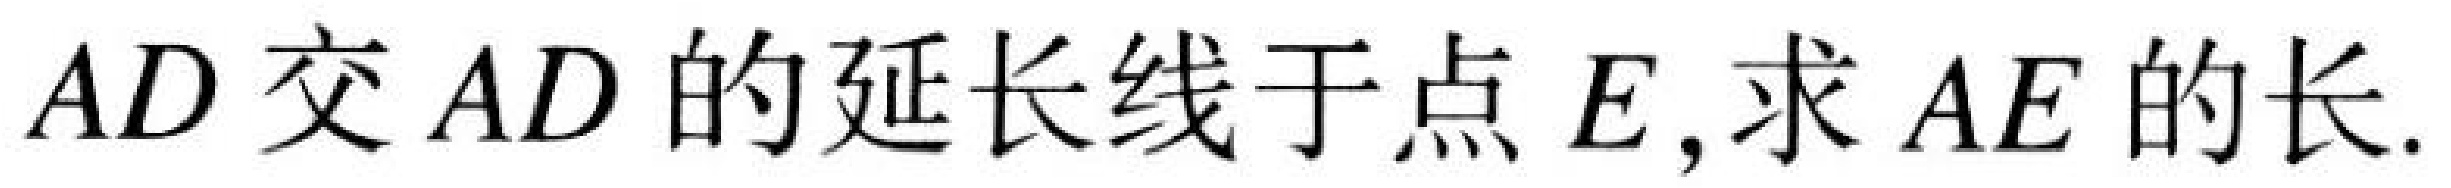
\(AD\)交\(AD\)的延长线于点\(E\),求\(AE\)的长.